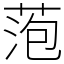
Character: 萢